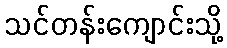
သင်တန်းကျောင်းသို့